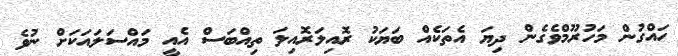
ހައްގުން މަހުރޫމްވެގެން ދިޔަ އެތަކެއް ބަޔަކު ރޮއިލަރޮއިލަ ތިއްބަސް އެއީ މައްސަލައަކަށް ނުވެ